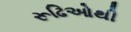
રૂઢિઓથી